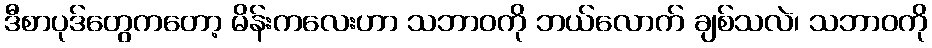
ဒီစာပုဒ်တွေကတော့ မိန်းကလေးဟာ သဘာဝကို ဘယ်လောက် ချစ်သလဲ၊ သဘာဝကို